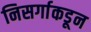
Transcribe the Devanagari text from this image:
निसर्गाकडून